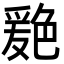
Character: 𦫦